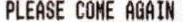
PLEASE COME AGAIN